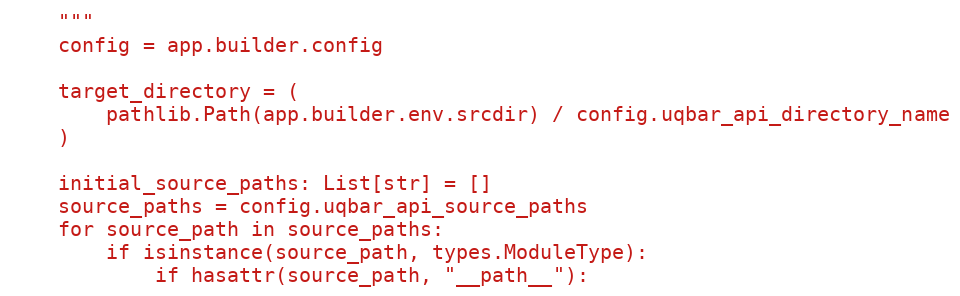
Language: Python
    """
    config = app.builder.config

    target_directory = (
        pathlib.Path(app.builder.env.srcdir) / config.uqbar_api_directory_name
    )

    initial_source_paths: List[str] = []
    source_paths = config.uqbar_api_source_paths
    for source_path in source_paths:
        if isinstance(source_path, types.ModuleType):
            if hasattr(source_path, "__path__"):